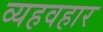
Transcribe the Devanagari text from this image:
व्यहवहार